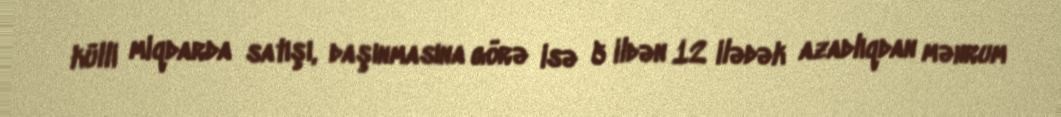
külli miqdarda satışı, daşınmasına görə isə 5 ildən 12 ilədək azadlıqdan məhrum